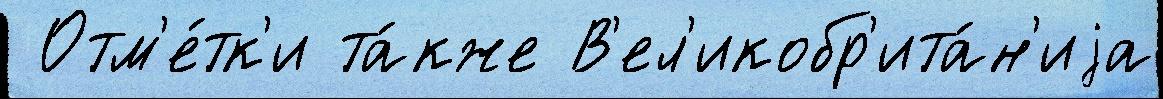
 Отм'е́тк'и та́кже В'ел'икобр'ита́н'иjа